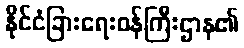
နိုင်ငံခြားရေးဝန်ကြီးဌာန၏